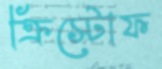
ক্রিস্টোফ